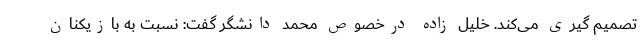
تصمیم گیری می‌کند. خلیل زاده درخصوص محمد دانشگر گفت: نسبت به بازیکنان